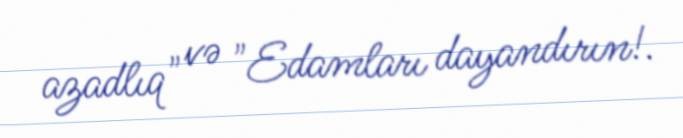
azadlıq" və "Edamları dayandırın!.